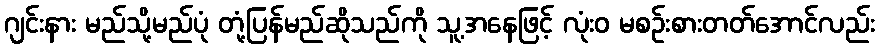
ဂျင်းနား မည်သို့မည်ပုံ တုံ့ပြန်မည်ဆိုသည်ကို သူ့အနေဖြင့် လုံးဝ မစဉ်းစားတတ်အောင်လည်း